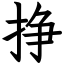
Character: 挣